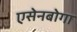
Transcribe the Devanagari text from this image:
एसेनबोगा